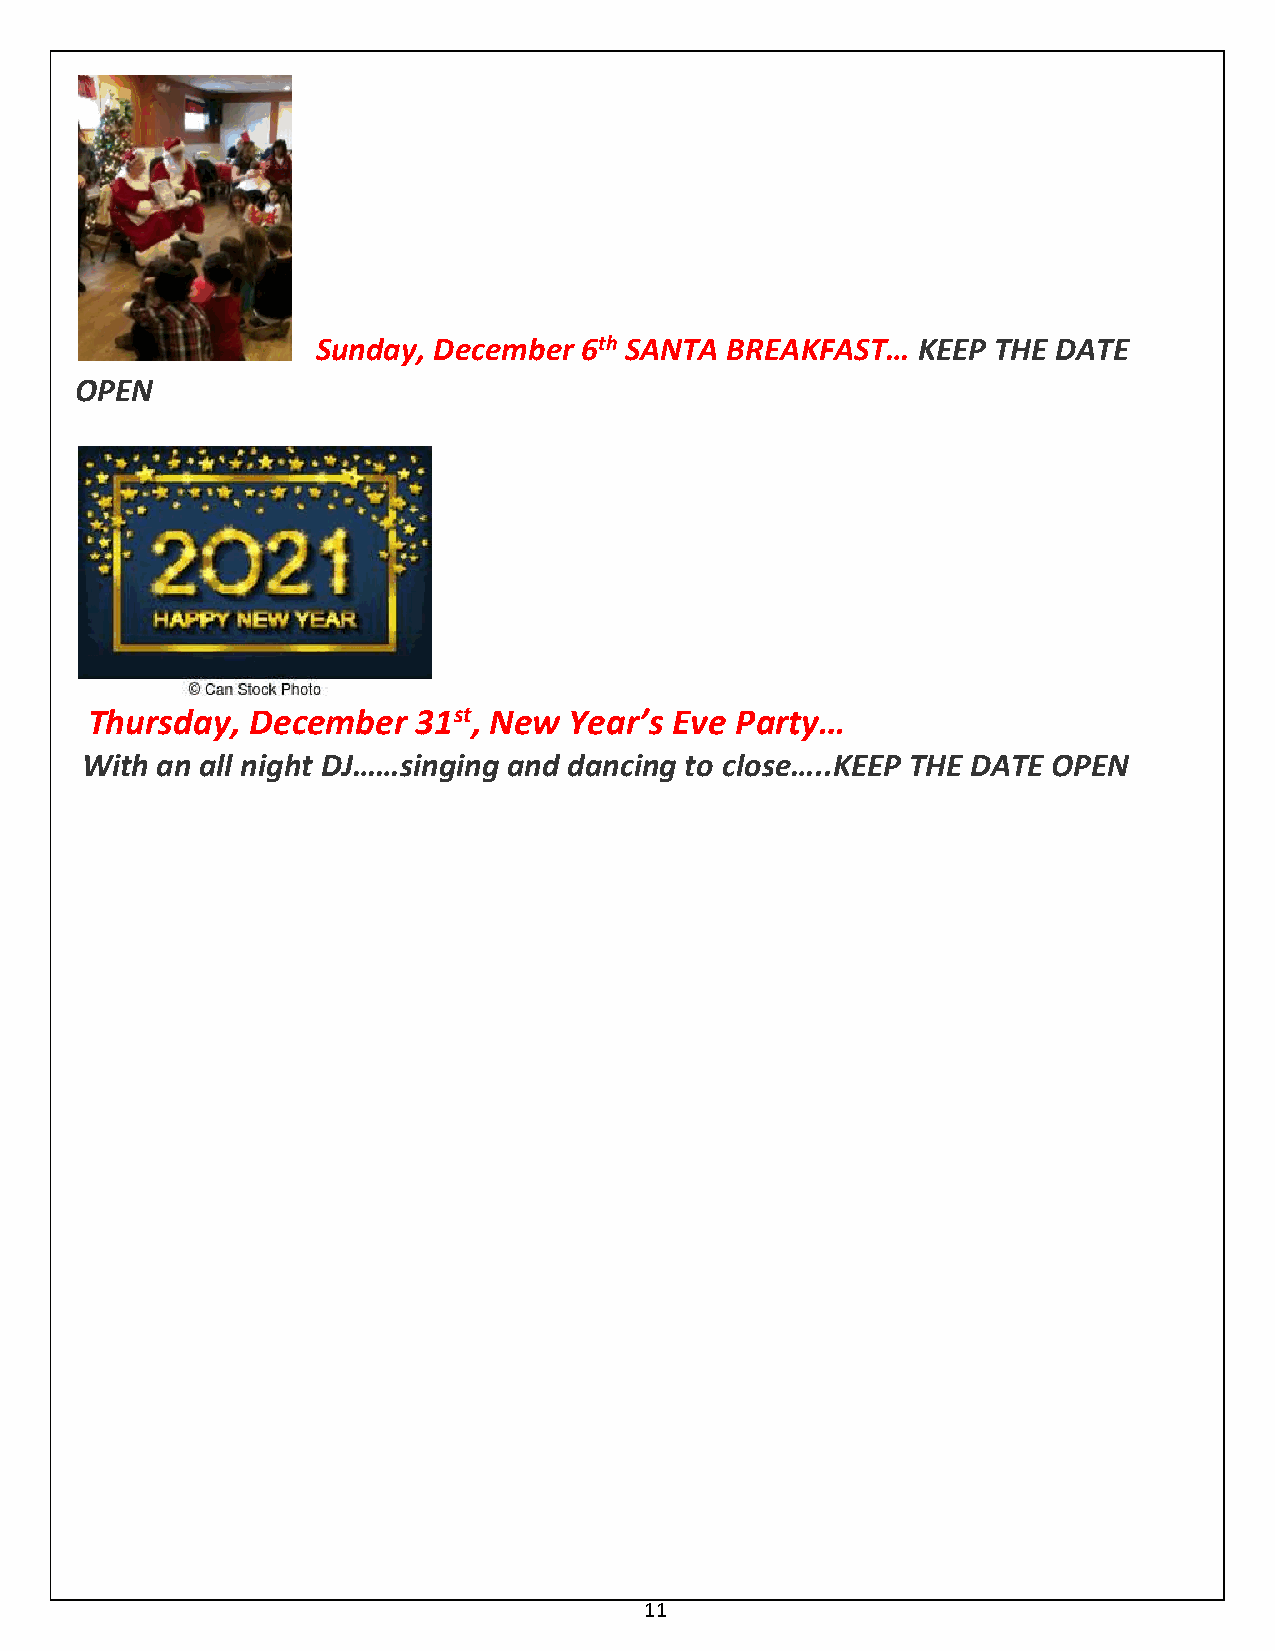
Sunday, December 6th SANTA BREAKFAST…   KEEP THE DATE
 OPEN
 Thursday,  December  31st, New  Year’s Eve Party…
 With an all night DJ……singing and dancing to close…..KEEP THE DATE OPEN
 11